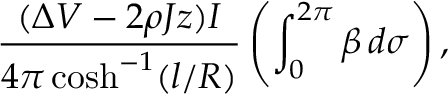
\frac { ( \Delta V - 2 \rho J z ) I } { 4 \pi \cosh ^ { - 1 } ( l / R ) } \left( \int _ { 0 } ^ { 2 \pi } \beta \, d \sigma \right) ,